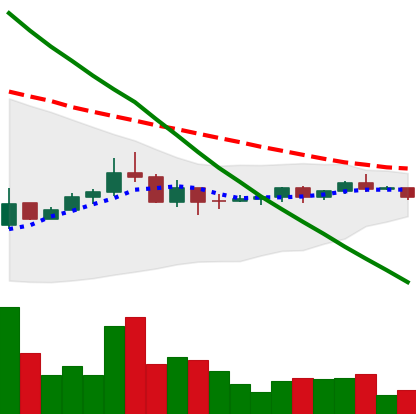
Ticker: DOGE-USD
Chart end date: 2022-07-10
Forward return: -6.275%
Label: down_5_7